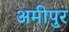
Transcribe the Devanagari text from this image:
अमीपुर